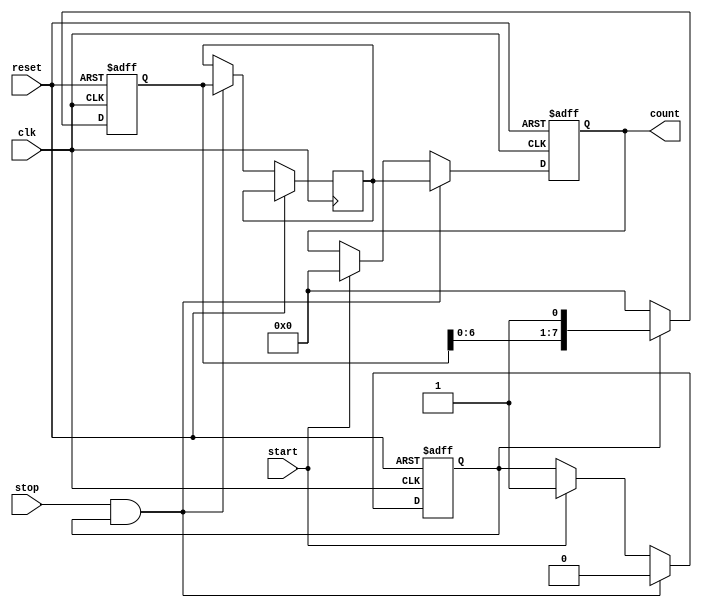
module TDC (
    input wire clk,          // System clock
    input wire reset,        // Reset signal
    input wire start,        // Start signal
    input wire stop,         // Stop signal
    output reg [N-1:0] count // Output count representing time interval
);

parameter N = 8;            // Number of delay stages (adjust for resolution)
parameter DELAY_TIME = 1;  // Delay time for each stage (in clock cycles)

reg [N-1:0] delay_line;     // Delay line storage
reg [N-1:0] sampled_value;  // Value sampled on stop signal
reg counting;               // Flag to indicate counting state

// Delay line implementation
always @(posedge clk or posedge reset) begin
    if (reset) begin
        delay_line <= 0;
    end else if (counting) begin
        delay_line <= {delay_line[N-2:0], 1'b1}; // Shift in the delay signal
    end else begin
        delay_line <= 0; // Reset delay line when not counting
    end
end

// Control logic for start and stop signals
always @(posedge clk or posedge reset) begin
    if (reset) begin
        counting <= 0;
        count <= 0;
    end else begin
        if (start) begin
            counting <= 1; // Start counting
            count <= 0;    // Reset count
        end
        
        if (stop && counting) begin
            counting <= 0; // Stop counting
            sampled_value <= delay_line; // Sample the delay line
            count <= sampled_value; // Assign sampled value to count
        end
    end
end

endmodule